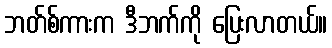
ဘတ်စ်ကားက ဒီဘက်ကို ပြေးလာတယ်။